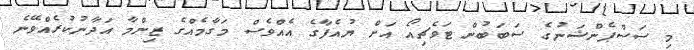
މި ސަސްޕެންޝަނުގެ ސަބަބުން ޓަވެޗިއޯ އަށް ޔުއެފާގެ އެއްވެސް މަގާމެއްގެ ޒިންމާ އަދާނުކުރެއްވޭނެ